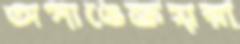
অপাঙেক্তয়রা